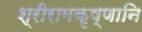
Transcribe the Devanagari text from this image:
श्रीरामकृष्णानि